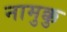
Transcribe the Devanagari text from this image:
नामुक्कु